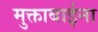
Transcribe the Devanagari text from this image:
मुक्ताबाईना